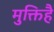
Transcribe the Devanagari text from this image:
मुक्तिहै